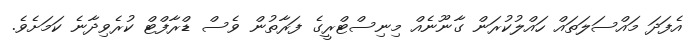
އެފަދަ މައްސަލަތައް ހައްލުކުރަން ގާނޫނެއް މިނިސްޓްރީގެ ފަރާތުން ވެސް ޑްރާފްޓް ކުރެވިދާނެ ކަމަށެވެ.